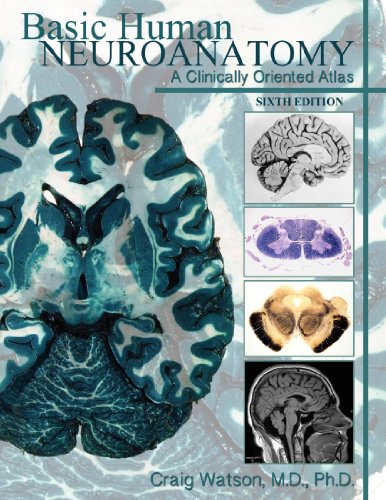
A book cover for Basic Human Neuroanatomy: A Clinically Oriented Atlas; Craig Watson; Medical Books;